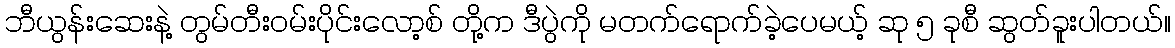
ဘီယွန်းဆေးနဲ့ တွမ်တီးဝမ်းပိုင်းလော့စ် တို့က ဒီပွဲကို မတက်ရောက်ခဲ့ပေမယ့် ဆု ၅ ခုစီ ဆွတ်ခူးပါတယ်။